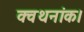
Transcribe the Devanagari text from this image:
क्वथनांक।